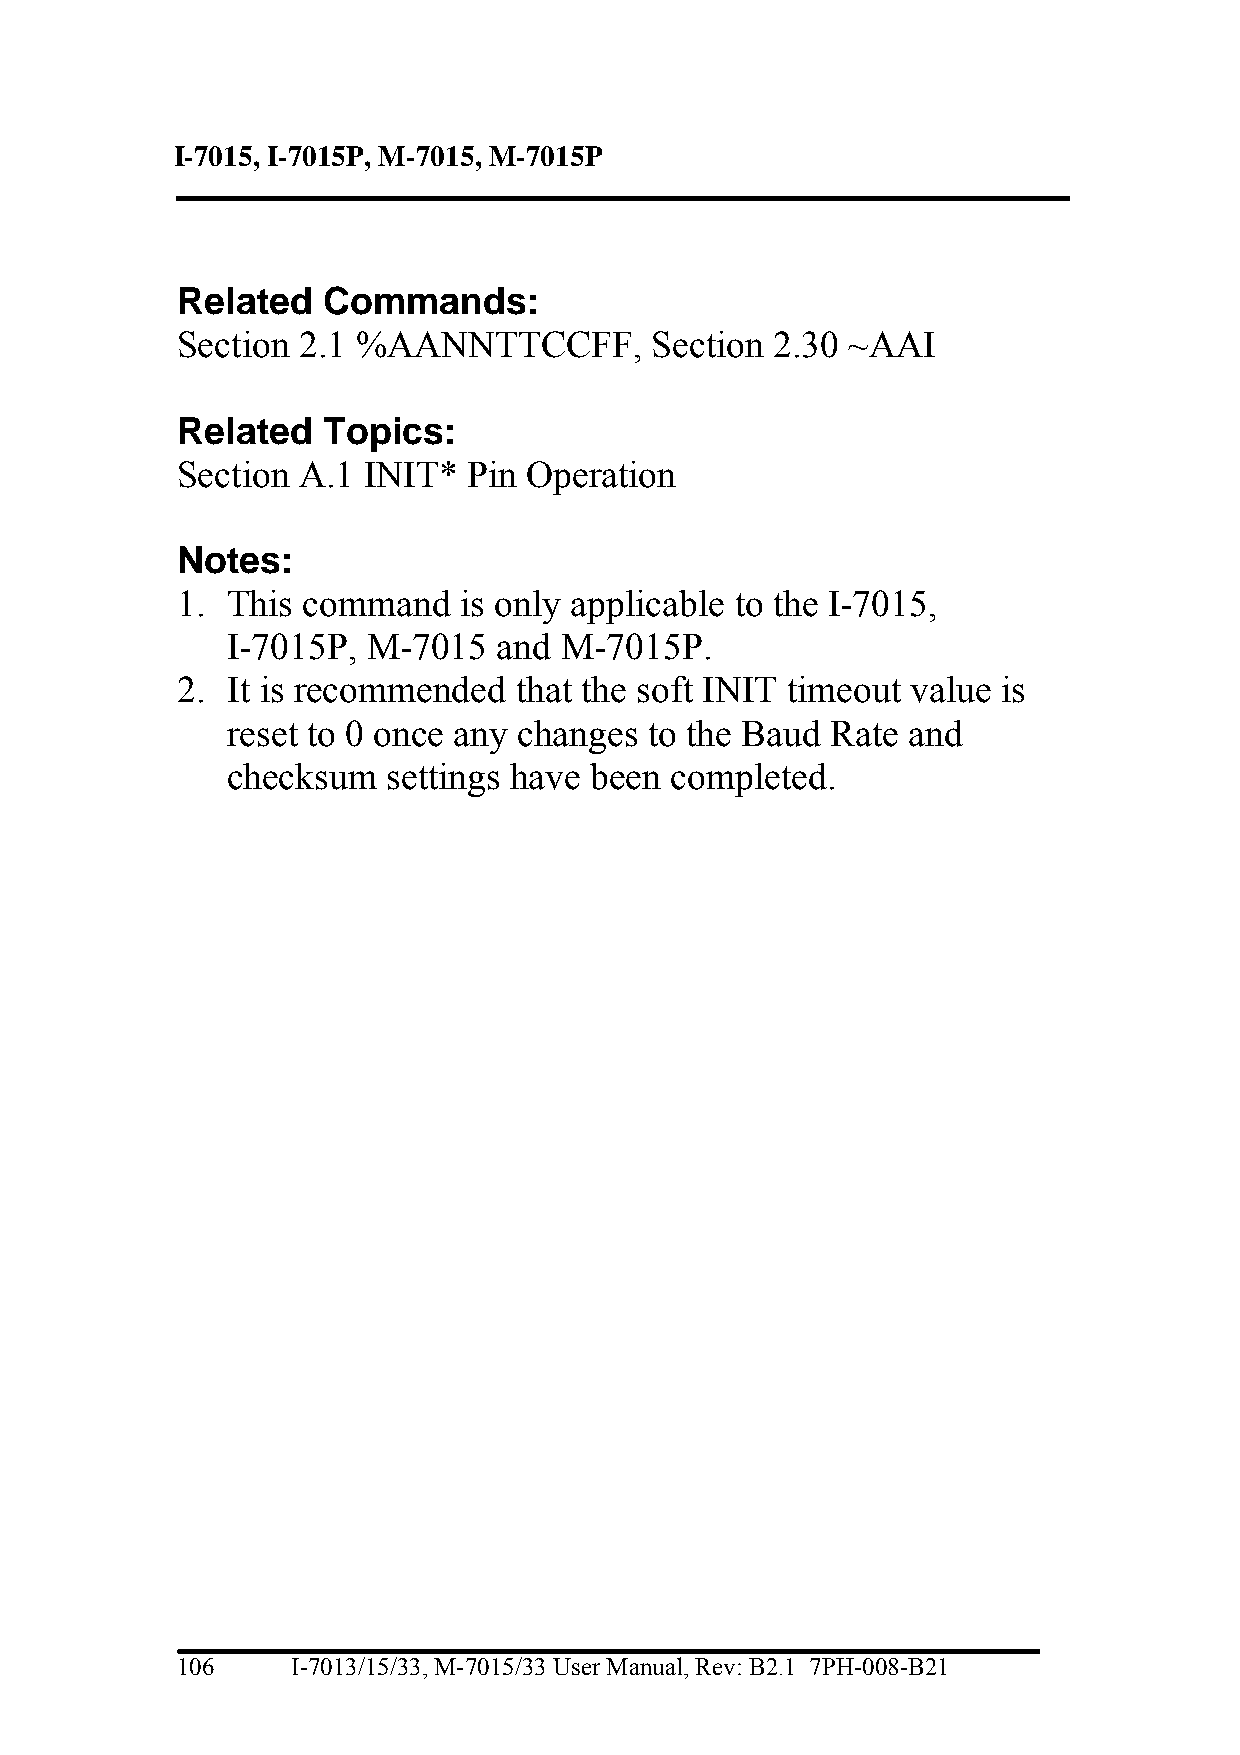
I-7015, I-7015P, M-7015, M-7015P
 Related  Commands:
 Section 2.1 %AANNTTCCFF,       Section 2.30 ~AAI
 Related  Topics:
 Section A.1 INIT*  Pin Operation
 Notes:
 1. This command   is only applicable to the I-7015,
 I-7015P, M-7015   and M-7015P.
 2. It is recommended  that the soft INIT timeout value is
 reset to 0 once any changes to the Baud Rate and
 checksum   settings have been completed.
 106    I-7013/15/33, M-7015/33 User Manual, Rev: B2.1 7PH-008-B21